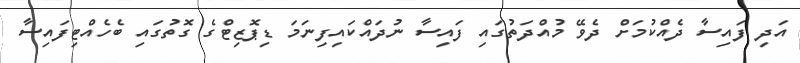
އަދި ފައިސާ ދެއްކުމަށް ދެވޭ މުއްދަތުގައި ފައިސާ ނުދައްކައިފިނަމަ ޑިޕޮޒިޓްގެ ގޮތުގައި ބެހެއްޓިފައިސާ